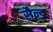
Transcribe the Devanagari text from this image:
सैन्ड